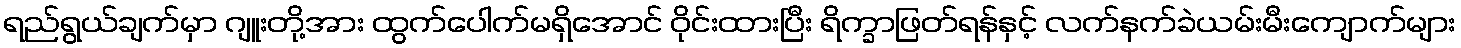
ရည်ရွယ်ချက်မှာ ဂျူးတို့အား ထွက်ပေါက်မရှိအောင် ဝိုင်းထားပြီး ရိက္ခာဖြတ်ရန်နှင့် လက်နက်ခဲယမ်းမီးကျောက်များ